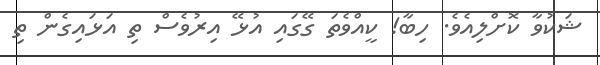
ޝަކުވާ ކޮށްލިއެވެ. ހިބާ! ކީއްވެތަ ގޭގައި އުޅޭ އިރުވެސް ތި އަޅައިގެން ތި